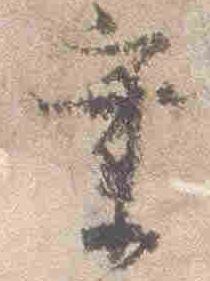
業